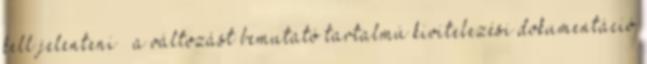
kell jelenteni – a változást bemutató tartalmú kivitelezési dokumentáció